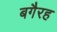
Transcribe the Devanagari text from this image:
बगैरह